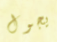
يجول